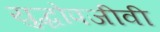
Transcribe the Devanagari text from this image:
युद्धोपजीवी